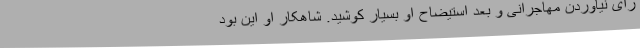
رأی نیاوردن مهاجرانی و بعد استیضاح او بسیار کوشید. شاهکار او این بود